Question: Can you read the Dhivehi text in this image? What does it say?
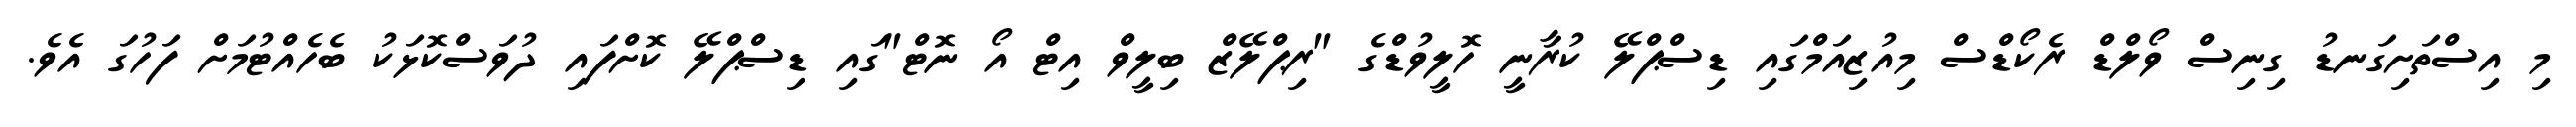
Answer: މި އިސްތަށިގަނޑު ގިނިސް ވޯލްޑް ރެކޯޑްސް މިއުޒިއަމްގައި ޑިސްޕްލޭ ކުރާނީ ހޮލީވުޑްގެ "ރިޕްލޭޒް ބިލީވް އިޓް އޯ ނޮޓް"ގައި ޑިސްޕްލޭ ކޮށްފައި ދުވަސްކޮޅަކު ބެހެއްޓުމަށް ފަހުގަ އެވެ.